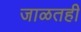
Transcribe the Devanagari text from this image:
जाळतही